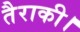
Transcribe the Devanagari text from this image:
तैराकी।